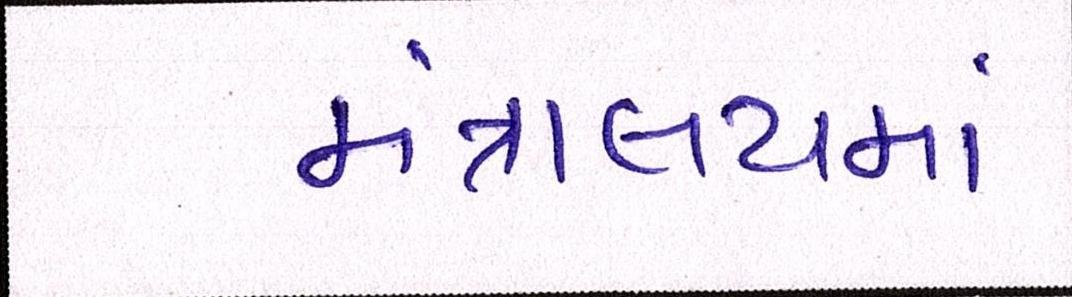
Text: મંત્રાલયમાં